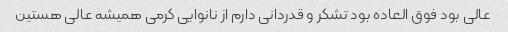
عالی بود فوق العاده بود تشکر و قدردانی دارم از نانوایی کرمی همیشه عالی هستین